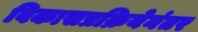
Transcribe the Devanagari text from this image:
विकासप्रक्रियेनंतर